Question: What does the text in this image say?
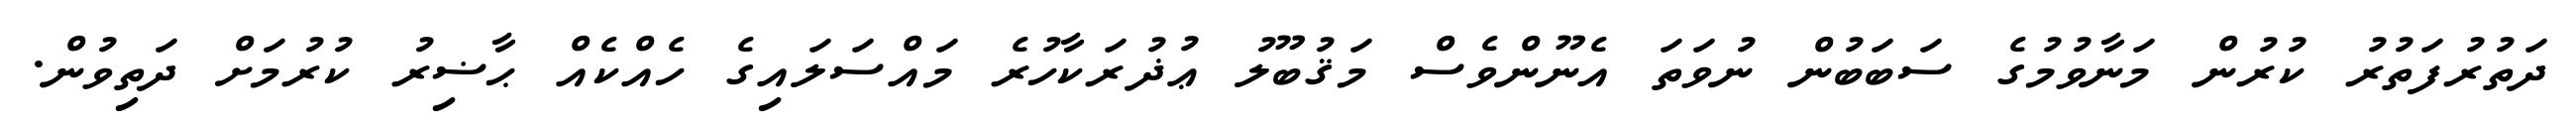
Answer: ދަތުރުފަތުރު ކުރުން މަނާވުމުގެ ސަބަބުން ނުވަތަ އެނޫންވެސް މަޤުބޫލު ޢުޛުރަކާހުރެ މައްސަލައިގެ ހެއްކެއް ޙާޟިރު ކުރުމަށް ދަތިވުން.